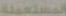
المستعملة